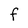
Character: F